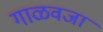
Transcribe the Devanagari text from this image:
गाळवजा